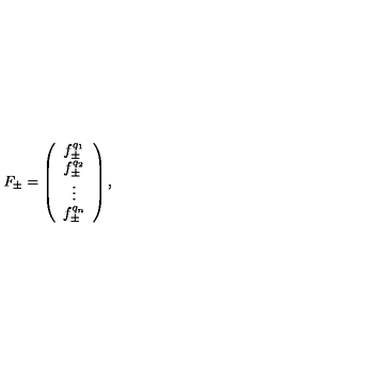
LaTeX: F _ { \pm } = \left( \begin{array} { c } { f _ { \pm } ^ { q _ { 1 } } } \\ { f _ { \pm } ^ { q _ { 2 } } } \\ { \vdots } \\ { f _ { \pm } ^ { q _ { n } } } \\ \end{array} \right) ,